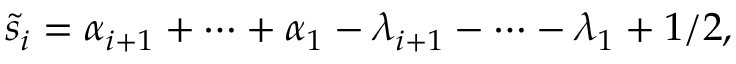
\tilde { s } _ { i } = \alpha _ { i + 1 } + \cdots + \alpha _ { 1 } - \lambda _ { i + 1 } - \cdots - \lambda _ { 1 } + 1 / 2 ,